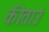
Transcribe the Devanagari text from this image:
कीताउं